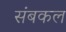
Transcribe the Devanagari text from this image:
संबकल